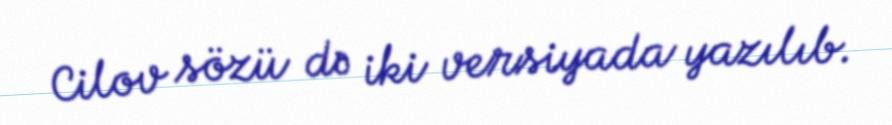
Cilov sözü də iki versiyada yazılıb.